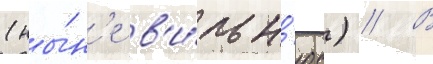
(ны́н'е в'и́льн'юс) // В